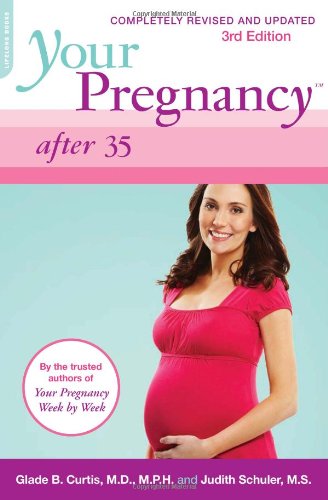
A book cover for Your Pregnancy After 35: Revised Edition (Your Pregnancy Series); Glade B. Curtis; Self-Help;